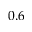
0 . 6